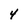
Character: 4